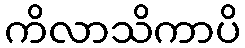
ကိလာသိကာပိ